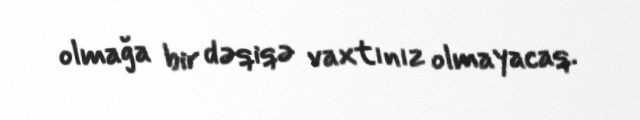
olmağa bir dəqiqə vaxtınız olmayacaq.